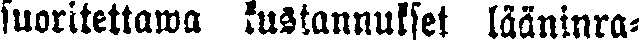
suoritettawa kustannukset lääninra-